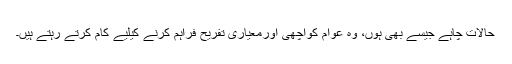
حالات چاہے جیسے بھی ہوں، وہ عوام کواچھی اورمعیاری تفریح فراہم کرنے کیلیے کام کرتے رہتے ہیں۔